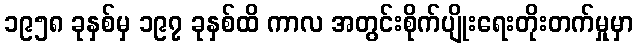
၁၉၅၈ ခုနှစ်မှ ၁၉၇ ခုနှစ်ထိ ကာလ အတွင်းစိုက်ပျိုးရေးတိုးတက်မှုမှာ